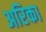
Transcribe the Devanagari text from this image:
अरिका